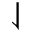
\downharpoonleft